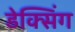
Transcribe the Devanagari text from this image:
डेक्सिंग